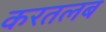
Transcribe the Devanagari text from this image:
करतलब